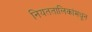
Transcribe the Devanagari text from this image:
नियततालिकांमधून